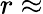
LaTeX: r\approx